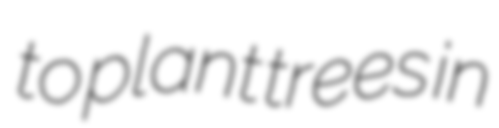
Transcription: to plant trees in